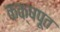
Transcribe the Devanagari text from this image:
कक्षपूत